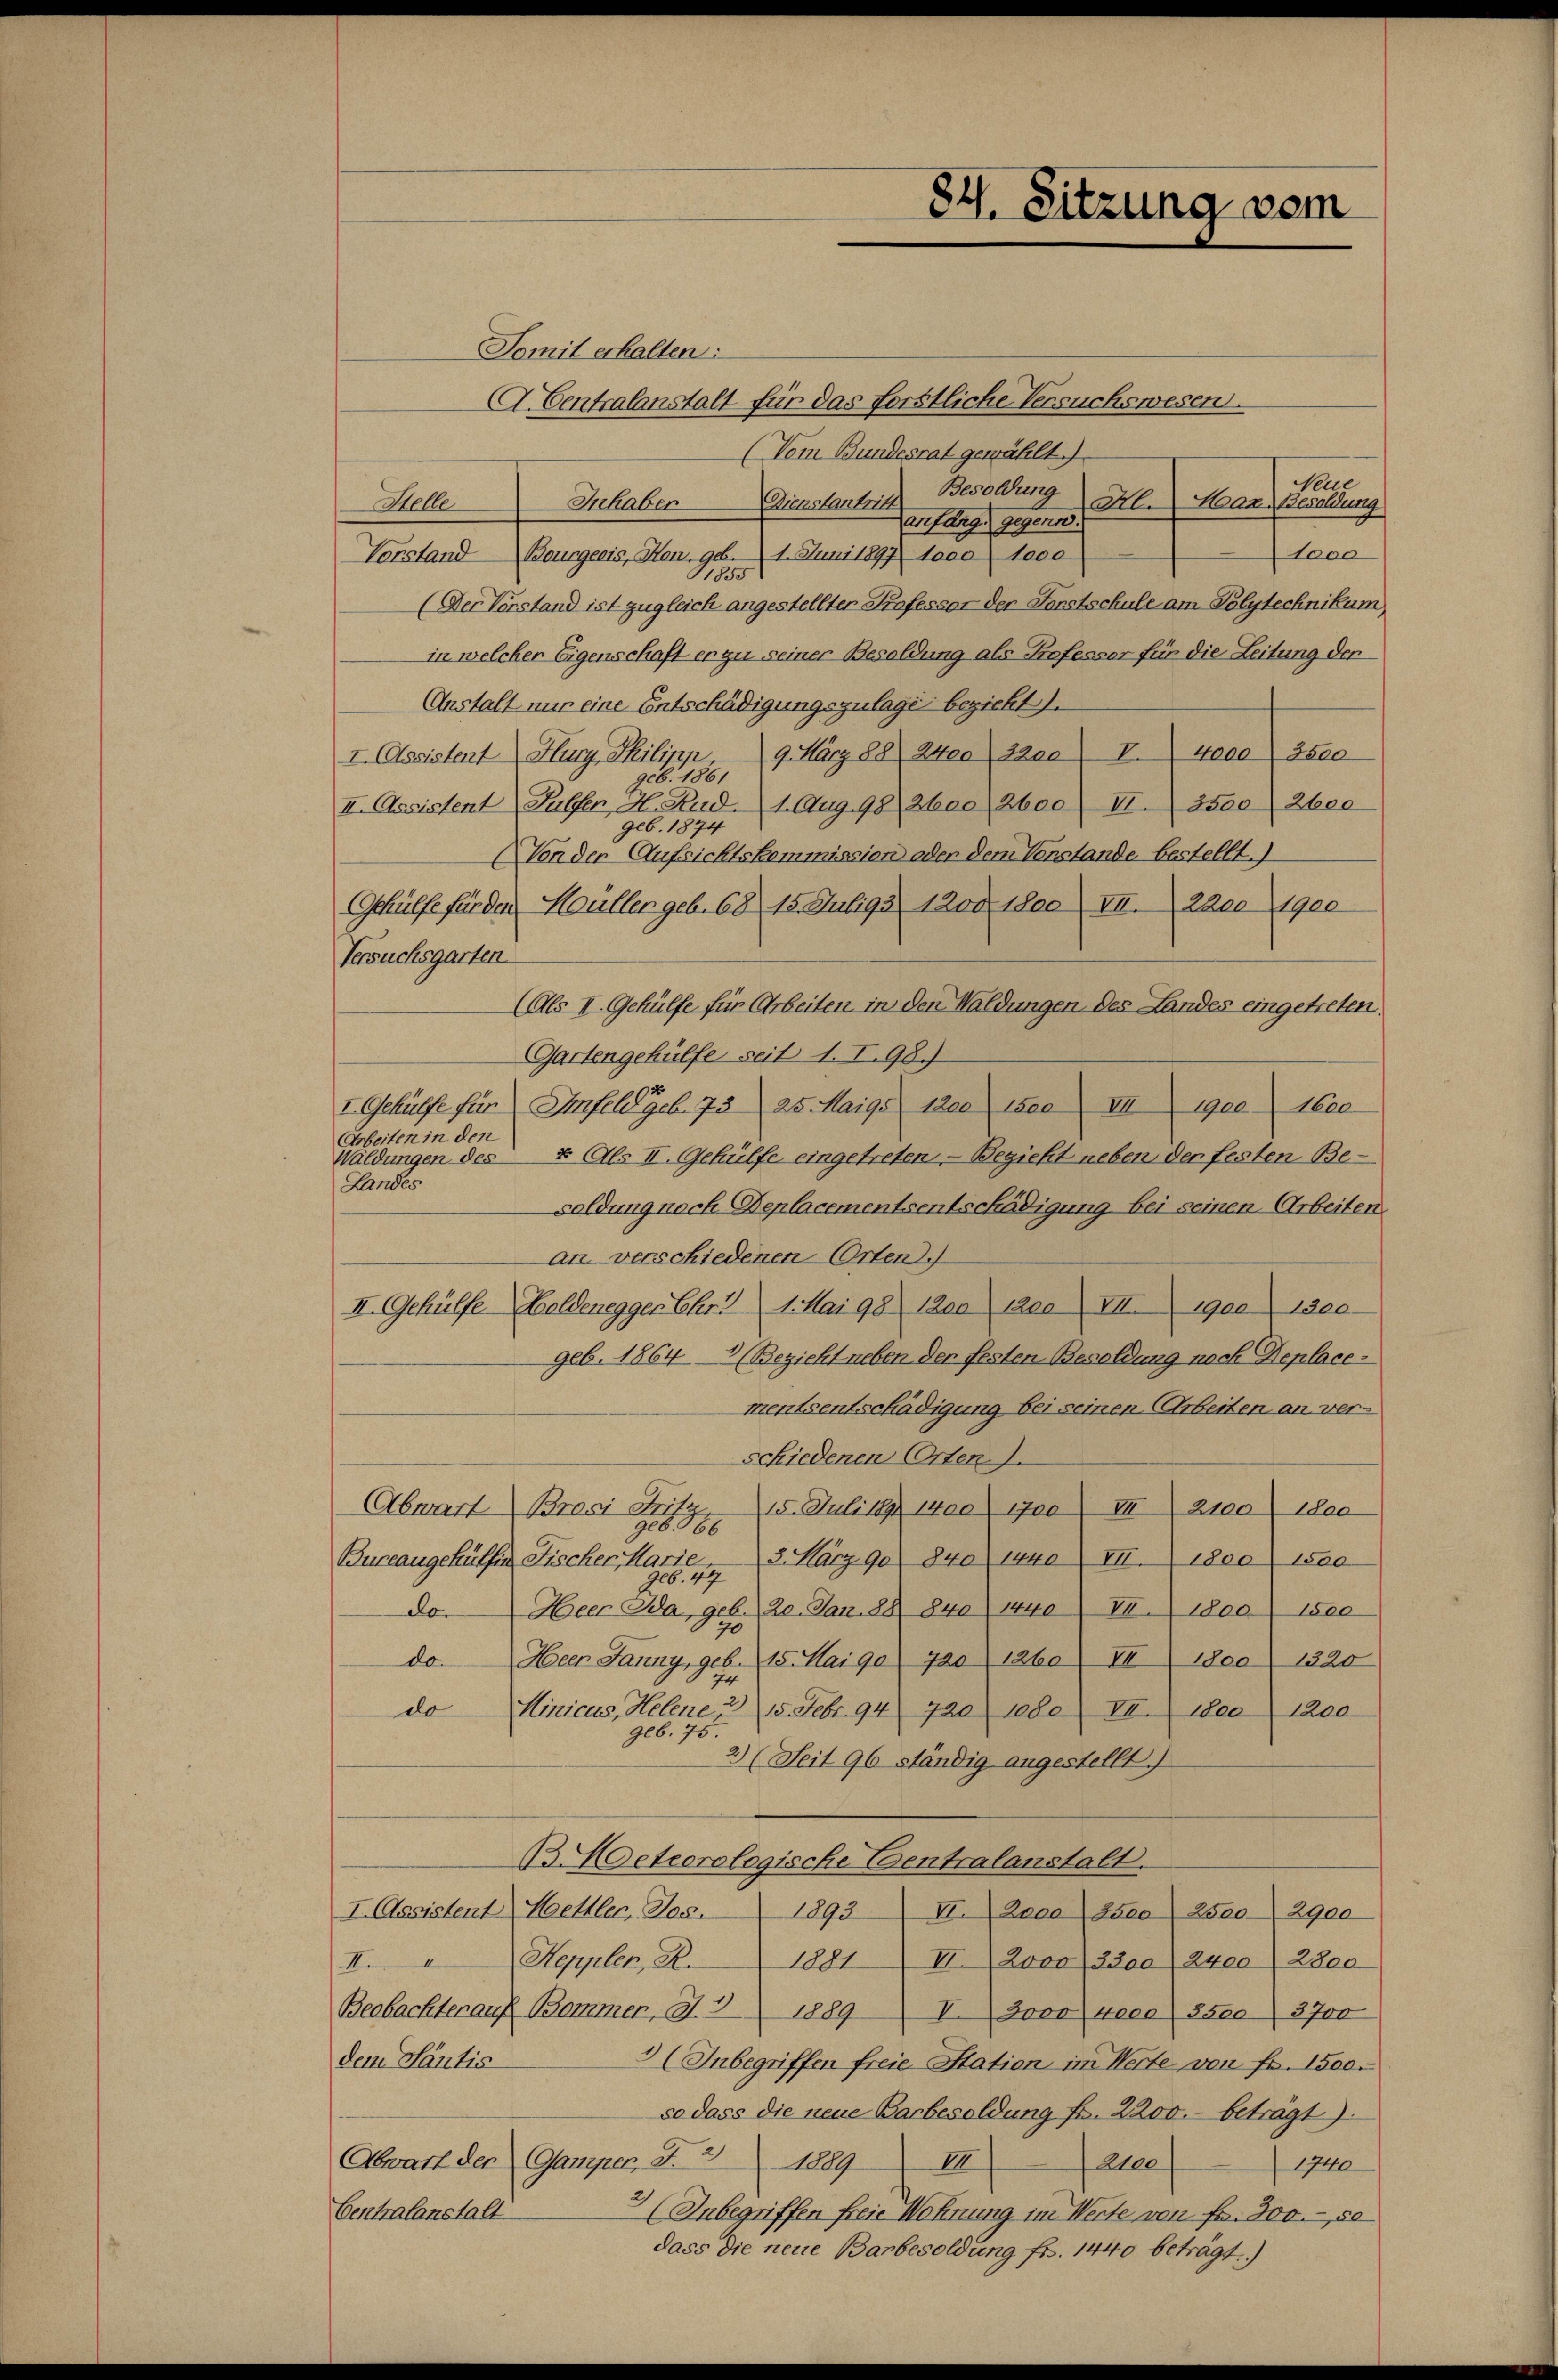
Somit erhalten:
A. Centralanstalt für das forstliche Versuchswesen.
(Vom Bundesrat gewählt.
Neue
Besoldung
Dimententrit
Inhaben
Al.Han. Besoldung
Stelle
Zanfang gegenne.
Jaco
Bourgeris, Hen geb. 1. Juni 1897 loco Doce
Vorstand
1855
(Der Verstand ist zugleich angestellten Professor der Forstschule am Polytechnikum
in welcher Eigenschaft er zu seiner Besoldung als Professor für die Leitung der
Anstalt nur eine Entschädigungszulage bezieht).
I. Assistent Hlury, Philipp, 9. März 88. 2400 2200. rede asce
966. 1861
II. Assistent Hülfer, H. Rud. 4. Aug. 98. 2600 aber II. 3500 (2bee
geb. 1874
Von der Aufsichtskommission oder dem Venstande bestellt.)
Gehülfe für den Hüller geb. 68 15. Juli93 1200. 1800) VII. 2200 1900
Versuchsgarten
(Als II. Gehülfe für Arbeiten in den Waldungen des Landes eingetreten.
Gartengehülfe seit 1. I.98.)
I. Gehülfe für Imfeld geb. 73. 25. Maigs 1200 150. VII 1900. 1600
Arbeiten in den
Waldungen des 2. Als II. Gehülfe eingetreten. — Bezieht neben den festen Be¬
Landes
soldung noch Deplacementsentschädigung bei seinen Arbeiten.
An verschiedenen Orten.)
II. Gehülfe Goldenegger Chr. 1. Mai 98 1200. 1200. VII 1900 1300
geb. 18643 (Bezieht neben der festen Besoldung noch Deplace-
mentsentschädigung bei seinen Arbeiten an verschiedenen Orten.
Abwart Brasi Fritz
15. Juli 1891 1400 1700 II 2100 Idee
ge6966
3. März 90 840 144. III. 1800 1500
Bureaugehülfen Fischer Marie
906. 49
do. Heer Da, geb. 20. Jan. 88 840 1440 VI. 1800. 1500
do
Heer Janny, geb. 15. Mai 90 720, 1260 VI 1800  1320
74
do
Minicus, Helene, 30 15 Febr. 94 720 jede VI. 1800 1200
geb. 75.
2) (Seit 96 ständig angestellt.
B. Peteorologische Centralanstalt.
I. Assistent Hettler, Jos. 1893 II. 2000 Sseo 2500-2900
Heppler, R.
III
1881 II 2000, 3300) 2400 (2800
Beobachter auf Bommer, S. 3 1889 V. 3000 veca 3500 3700
dem Santis
3 (Inbegriffen freie Station im Werte von Fr. 1500.
so dass die neue Barbesoldung fr. 2200.- beträgt).
Abwart der Gamper, S. 2
III
1809
2100
1740
Centralanstalt
(Inbegriffen freie Wohnung im Werte von Fr. 300.- de
dass die neue Barbesoldung fr. 1440 beträgt.)

84. Sitzung vom